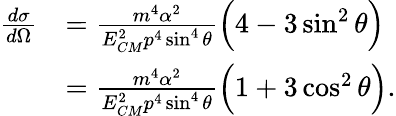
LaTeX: {\begin{array}{rl}{{\frac{d\sigma}{d\Omega}}}&{={\frac{m^{4}\alpha^{2}}{E_{CM}^{2}p^{4}\sin^{4}\theta}}{\Big(}4-3\sin^{2}\theta{\Big)}}\\ &{={\frac{m^{4}\alpha^{2}}{E_{CM}^{2}p^{4}\sin^{4}\theta}}{\Big(}1+3\cos^{2}\theta{\Big)}.}\end{array}}